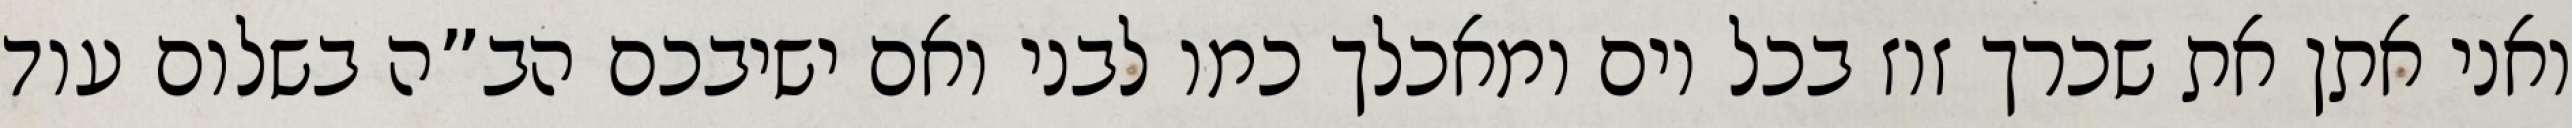
ואני אתן את שכרך זוז בכל יום ומאכלך כמו לבני ואם ישיבכם הב”ה בשלום עוד